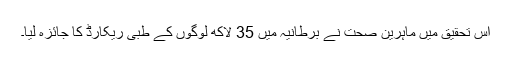
اس تحقیق میں ماہرین صحت نے برطانیہ میں 35 لاکھ لوگوں کے طبی ریکارڈ کا جائزہ لیا۔